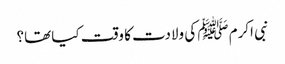
نبی اکرم ﷺ کی ولادت کا وقت کیا تھا؟